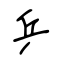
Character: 乒